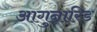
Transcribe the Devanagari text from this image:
आगुन्नारिड